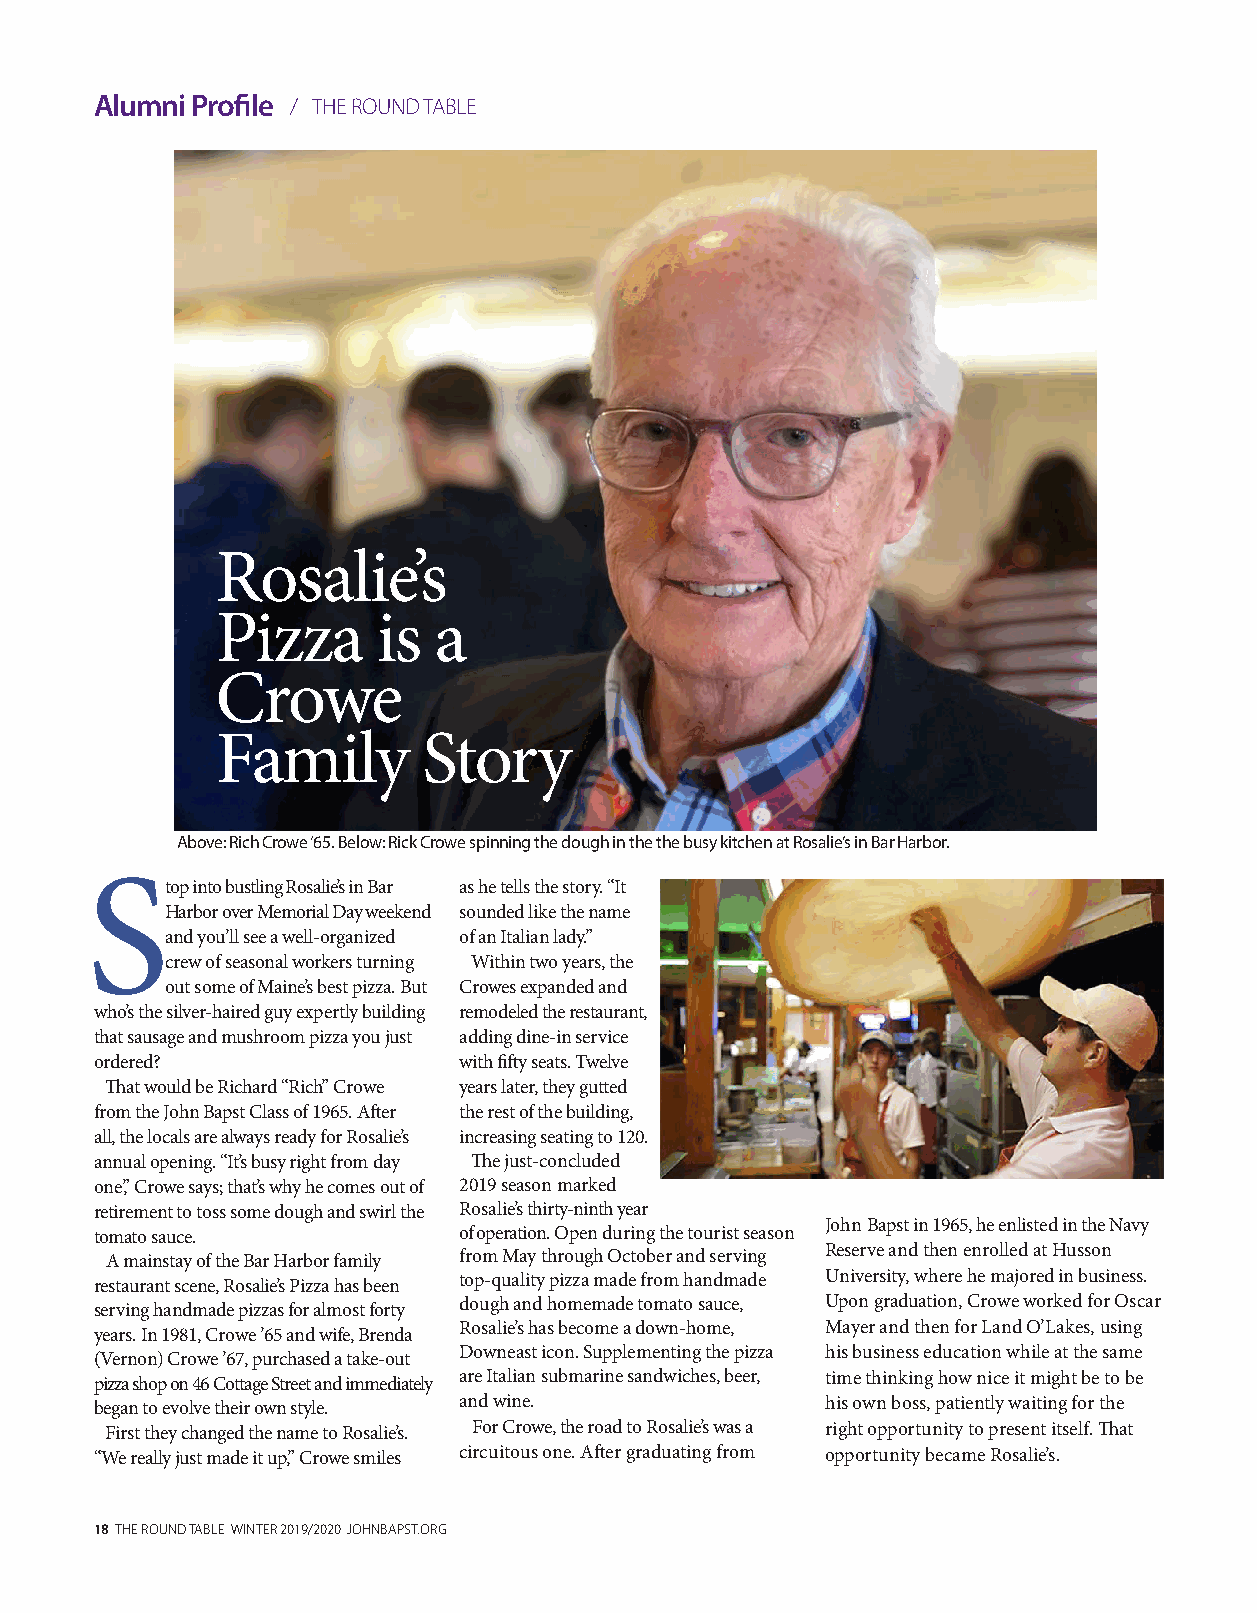
Alumni Profile / THE ROUND TABLE
 Rosalie’s
 Pizza      is  a
 Crowe
 Family        Story
 Above: Rich Crowe ‘65. Below: Rick Crowe spinning the dough in the the busy kitchen at Rosalie’s in Bar Harbor.
 Stop   into bustling Rosalie’s in Bar as he tells the story. “It
 Harbor over Memorial Day weekend sounded like the name
 and you’ll see a well-organized of an Italian lady.”
 crew of seasonal workers turning Within two years, the
 out some of Maine’s best pizza. But Crowes expanded and
 who’s the silver-haired guy expertly building remodeled the restaurant,
 that sausage and mushroom pizza you just adding dine-in service
 ordered?                with fifty seats. Twelve
 That would be Richard “Rich” Crowe years later, they gutted
 from the John Bapst Class of 1965. After the rest of the building,
 all, the locals are always ready for Rosalie’s increasing seating to 120.
 annual opening. “It’s busy right from day The just-concluded
 one,” Crowe says; that’s why he comes out of 2019 season marked
 retirement to toss some dough and swirl the Rosalie’s thirty-ninth year
 John Bapst in 1965, he enlisted in the Navy
 tomato sauce.           of operation. Open during the tourist season
 Reserve and then enrolled at Husson
 A mainstay of the Bar Harbor family from May through October and serving
 restaurant scene, Rosalie’s Pizza has been top-quality pizza made from handmade University, where he majored in business.
 serving handmade pizzas for almost forty dough and homemade tomato sauce, Upon graduation, Crowe worked for Oscar
 years. In 1981, Crowe ’65 and wife, Brenda Rosalie’s has become a down-home, Mayer and then for Land O’Lakes, using
 Downeast icon. Supplementing the pizza his business education while at the same
 (Vernon) Crowe ’67, purchased a take-out
 pizza shop on 46 Cottage Street and immediately are Italian submarine sandwiches, beer, time thinking how nice it might be to be
 began to evolve their own style. and wine.       his own boss, patiently waiting for the
 First they changed the name to Rosalie’s. For Crowe, the road to Rosalie’s was a right opportunity to present itself. That
 “We really just made it up,” Crowe smiles circuitous one. After graduating from opportunity became Rosalie’s.
 18 THE ROUND TABLE WINTER 2019/2020 JOHNBAPST.ORG